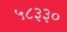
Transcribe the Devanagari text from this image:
५८३३०